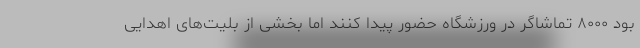
بود ۸۰۰۰ تماشاگر در ورزشگاه حضور پیدا کنند اما بخشی از بلیت‌های اهدایی